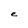
Character: e